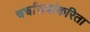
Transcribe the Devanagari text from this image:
चर्चासत्रांकरिता